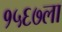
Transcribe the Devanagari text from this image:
१५६७ला